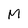
Character: M